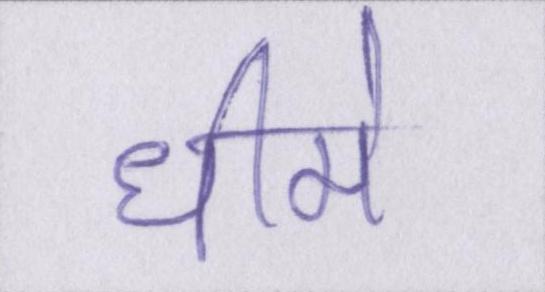
धीमे